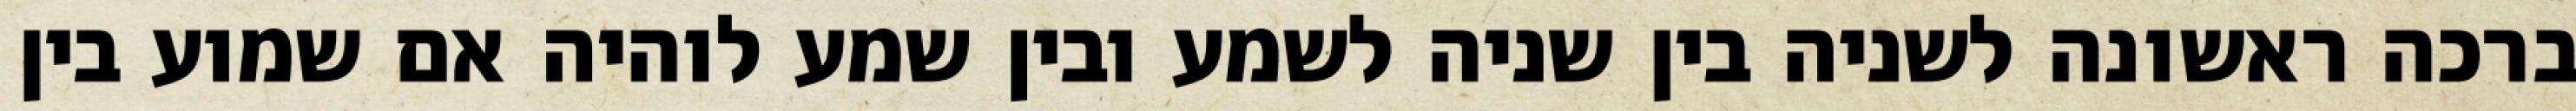
ברכה ראשונה לשניה בין שניה לשמע ובין שמע לוהיה אם שמוע בין